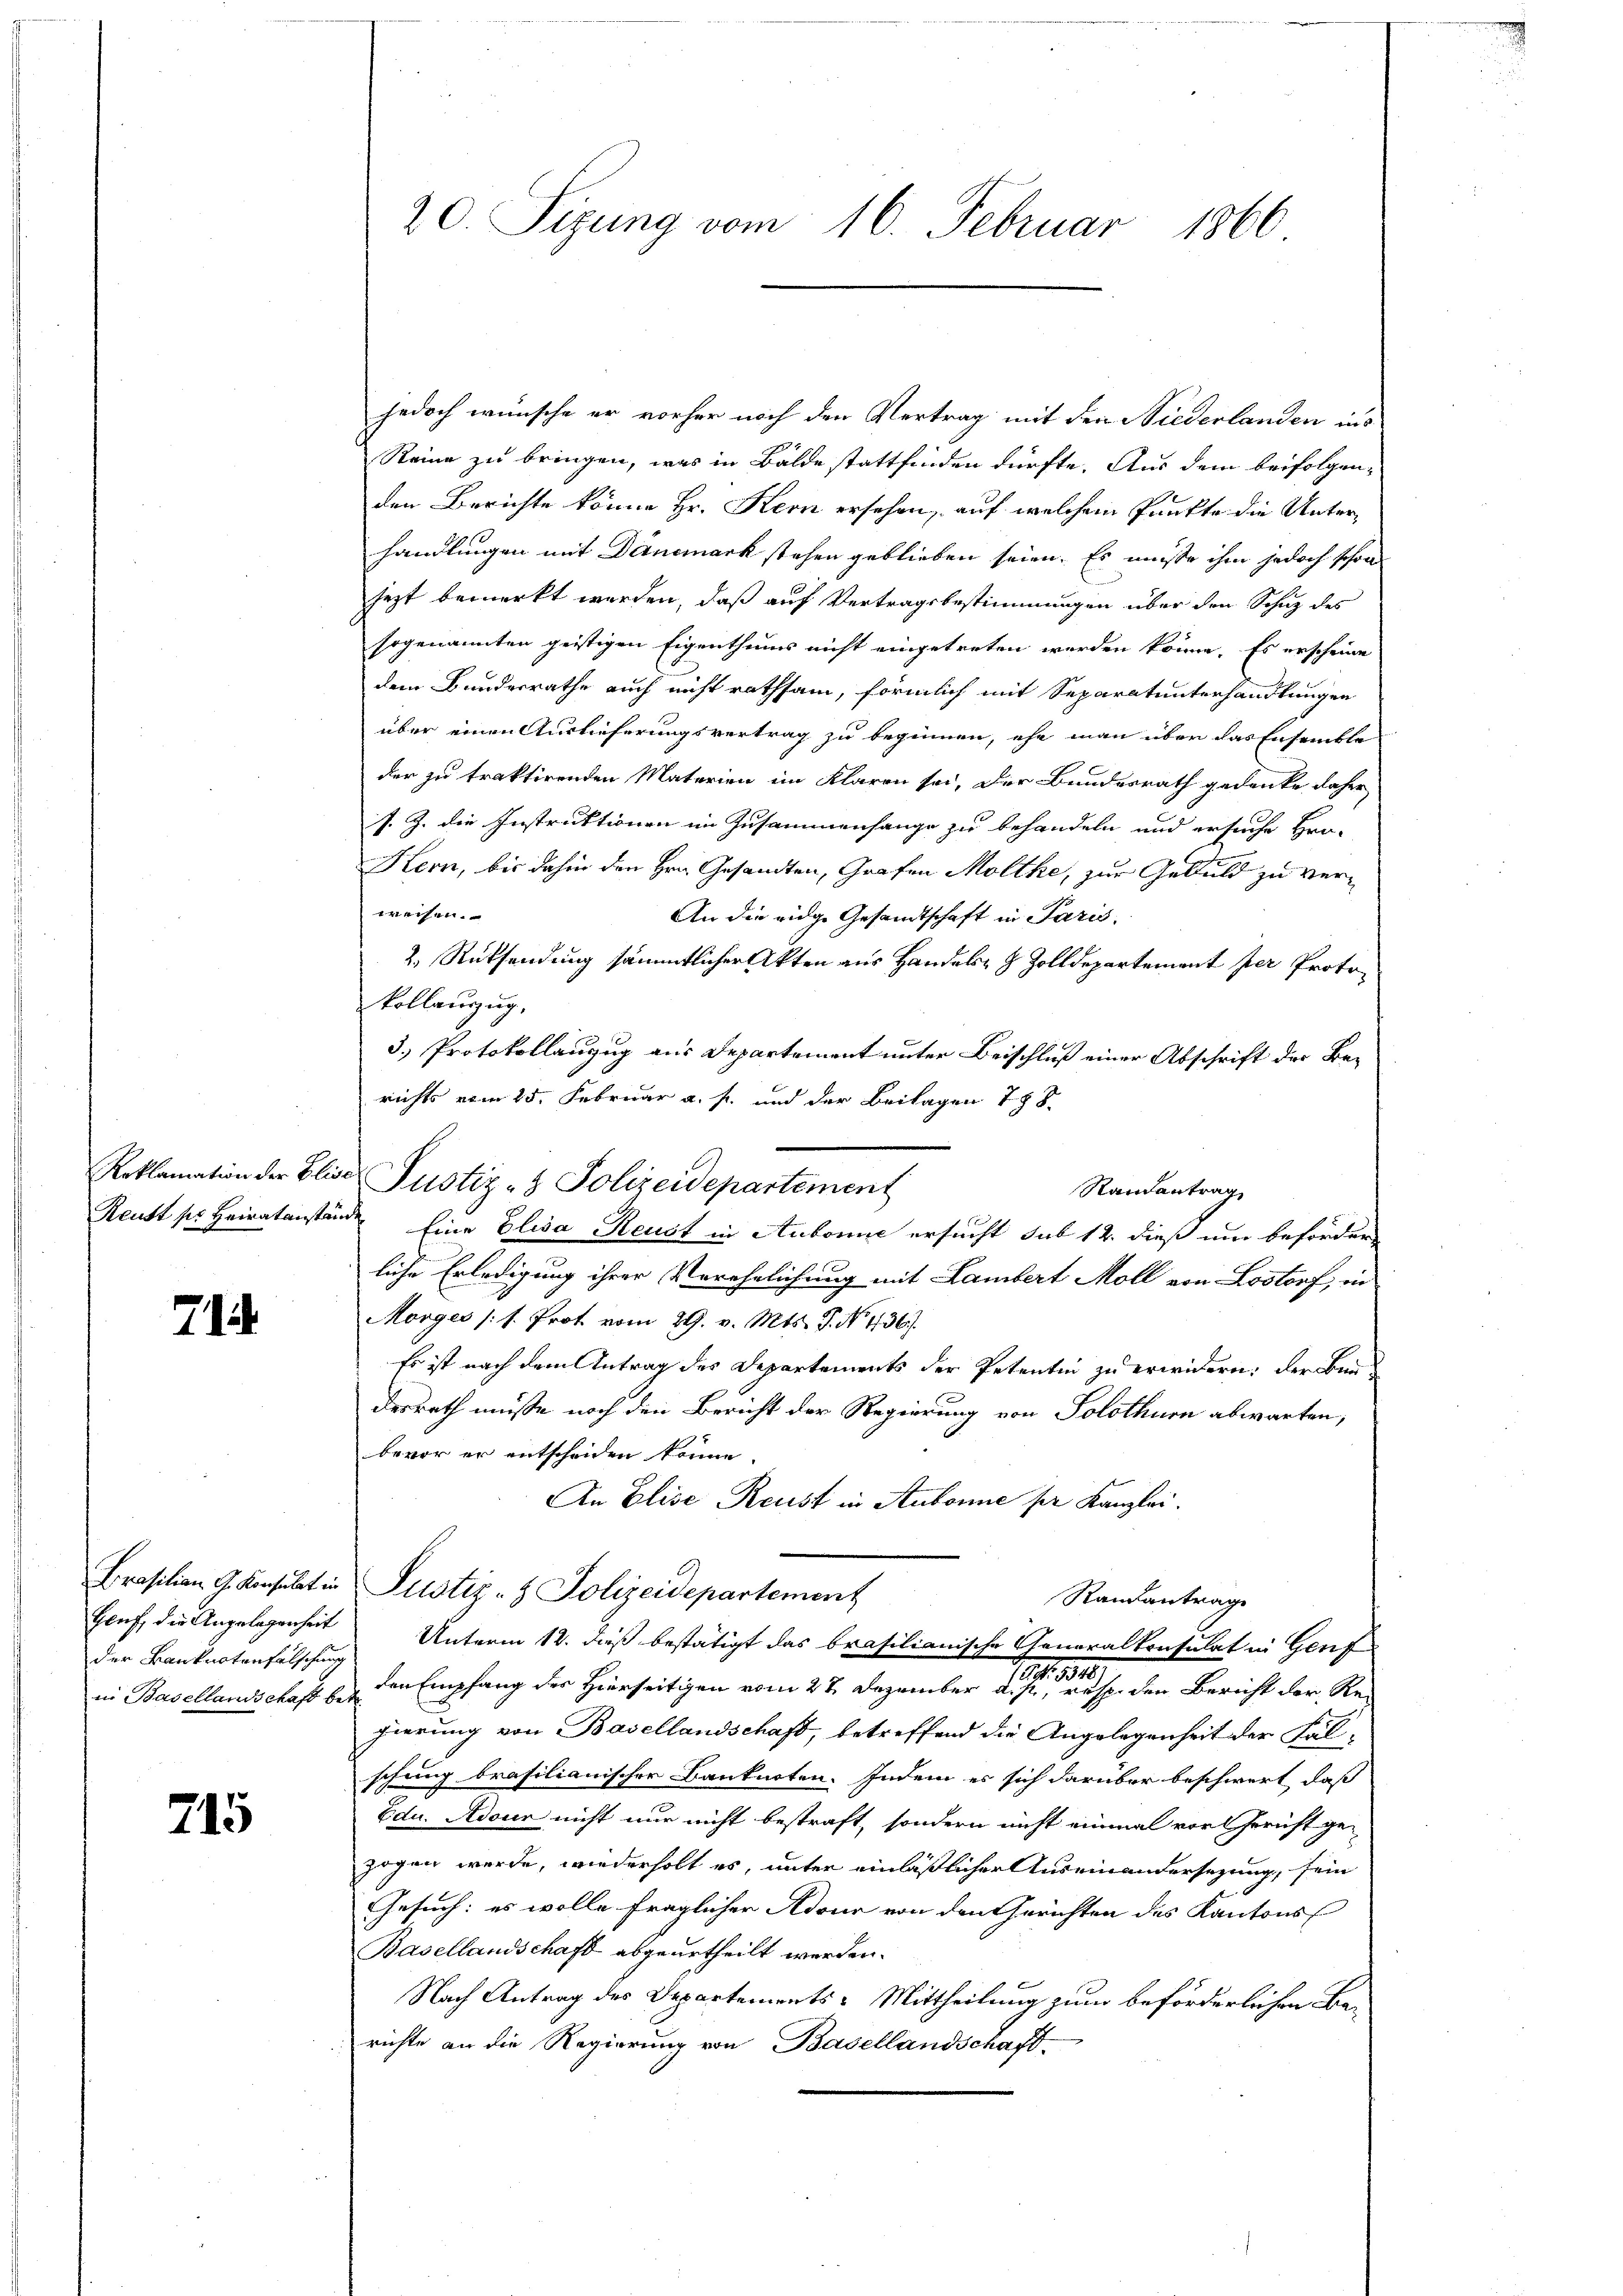
71

der Banknotenfalschung

215

jedoch wünsche er vorher noch den Vertrag mit den Niederlanden ins
Reine zu bringen, was in Bälde stattfinden dürfte. Aus dem beifolgenden Berichte könne Hr. Kern ersehen, auf welchem Punkte die Unterhandlungen mit Dänemark stehen geblieben seien. Es müße ihm jedoch schon
jezt bemerkt werden, daß auf Vertragsbestimmungen über den Schutz des
sogenannten geistigen Eigenthums nicht eingetreten werden könne. Es erscheine
dem Bundesrathe auch nicht rathsam, förmlich mit Separatunterhandlungen
über einen Auslieferungsvertrag zu beginnen, ehe man über das Ensemble
der zu traktirenden Materien im Klaren sei, der Bundesrath gedenke daher
s. Z. die Instruktionen im Zusammenhange zu behandeln und ersuche Hrn.
Kern, bis dahin den Hrn. Gesandten, Grafen Molthe, zur Geduld zu verweisen.
An die eidge Gesandtschaft in Paris.
2.) Rücksendung sämmtlicher Akten aus Handels- & Zolldepartement per Protokollauszug,
3.) Protokollanzug aus Departemont unter Beischluß einer Abschrift der Berichts vom 25. Februar a. f. und der Beilagen 788.
Randantrag
Reutt ser Heiratanstande Eine Elisa Reust in Aubonne ersucht sub 12. dieß um beförderliche Erledigung ihrer Verehelichung mit Lambert Moll von Lostorf, in
Morges (s. Prot vom 29. v. Mts. S. No. 436).
Es ist nach dem Antrag des Departements der Petentin zu erwidern, der Baudesrath müsse noch den Bericht der Regierung von Solothurn abwarten,
bevor er entscheiden könne.
An Elise Reust in Stubonne per Kanzlei.
Brasilien 9. Konsulat in Justiz- & Polizeidepartement
Randantrage
Gluf, die Angelegenheit Unterm 12. dieß bestätigt das brasilianische Generalkonsulat in Genf
in Basellandschaft u. den Empfang der Hierseitigen vom 27. Dezember den sei es den Bericht der Regierung von Basellandschaft, betreffend die Angelegenheit der Falschung brasilianischer Banknoten. Indem es sich darüber beschwert, daß
Edu. Adour nicht nur nicht bestraft, sondern nicht einmal vor Gericht ge-
zogen werde, wiederholt es, unter einläßlicher Auseinandersezung, sein
Gesuch: es wolle fraglicher Adour von den Gerichten des Kantons
Basellandschaft abgeurtheilt werden.
Nach Antrag des Departements-Mittheilung zum beförderlichen Berichte an die Regierung von Basellandschaft

20. Sizung vom 16. Februar 1866

Roklamation der Eliser Justiz- & Polizeidepartement